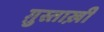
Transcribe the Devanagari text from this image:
ग़ुस्ताख़ी